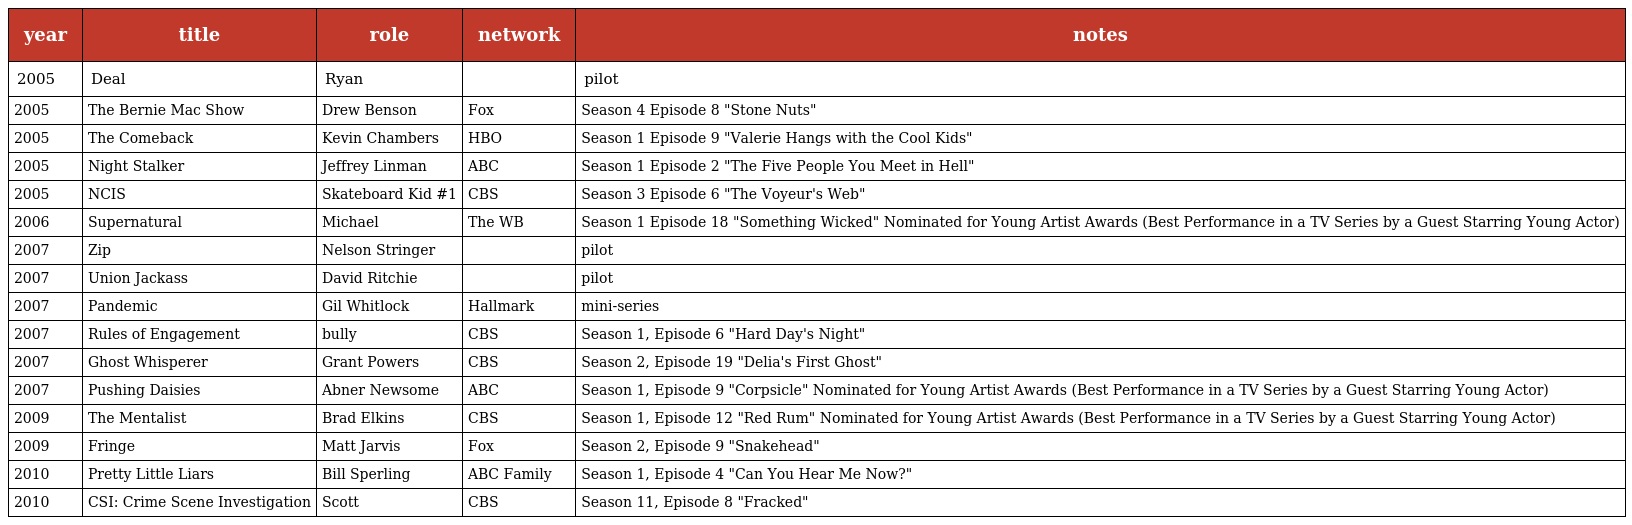
| year | title | role | network | notes |
 | --- | --- | --- | --- | --- |
 | 2005 | Deal | Ryan |  | pilot |
 | 2005 | The Bernie Mac Show | Drew Benson | Fox | Season 4 Episode 8 "Stone Nuts" |
 | 2005 | The Comeback | Kevin Chambers | HBO | Season 1 Episode 9 "Valerie Hangs with the Cool Kids" |
 | 2005 | Night Stalker | Jeffrey Linman | ABC | Season 1 Episode 2 "The Five People You Meet in Hell" |
 | 2005 | NCIS | Skateboard Kid #1 | CBS | Season 3 Episode 6 "The Voyeur's Web" |
 | 2006 | Supernatural | Michael | The WB | Season 1 Episode 18 "Something Wicked" Nominated for Young Artist Awards (Best Performance in a TV Series by a Guest Starring Young Actor) |
 | 2007 | Zip | Nelson Stringer |  | pilot |
 | 2007 | Union Jackass | David Ritchie |  | pilot |
 | 2007 | Pandemic | Gil Whitlock | Hallmark | mini-series |
 | 2007 | Rules of Engagement | bully | CBS | Season 1, Episode 6 "Hard Day's Night" |
 | 2007 | Ghost Whisperer | Grant Powers | CBS | Season 2, Episode 19 "Delia's First Ghost" |
 | 2007 | Pushing Daisies | Abner Newsome | ABC | Season 1, Episode 9 "Corpsicle" Nominated for Young Artist Awards (Best Performance in a TV Series by a Guest Starring Young Actor) |
 | 2009 | The Mentalist | Brad Elkins | CBS | Season 1, Episode 12 "Red Rum" Nominated for Young Artist Awards (Best Performance in a TV Series by a Guest Starring Young Actor) |
 | 2009 | Fringe | Matt Jarvis | Fox | Season 2, Episode 9 "Snakehead" |
 | 2010 | Pretty Little Liars | Bill Sperling | ABC Family | Season 1, Episode 4 "Can You Hear Me Now?" |
 | 2010 | CSI: Crime Scene Investigation | Scott | CBS | Season 11, Episode 8 "Fracked" |